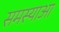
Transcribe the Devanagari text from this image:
समस्याआ